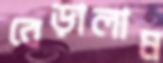
বেড়ালাম